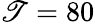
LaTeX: \mathscr{T}=80